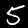
Digit: 5